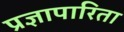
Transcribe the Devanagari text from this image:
प्रज्ञापारिता